NAE_ERA_R-30_Eesti_Riiklik_Spordiamet, lk 74
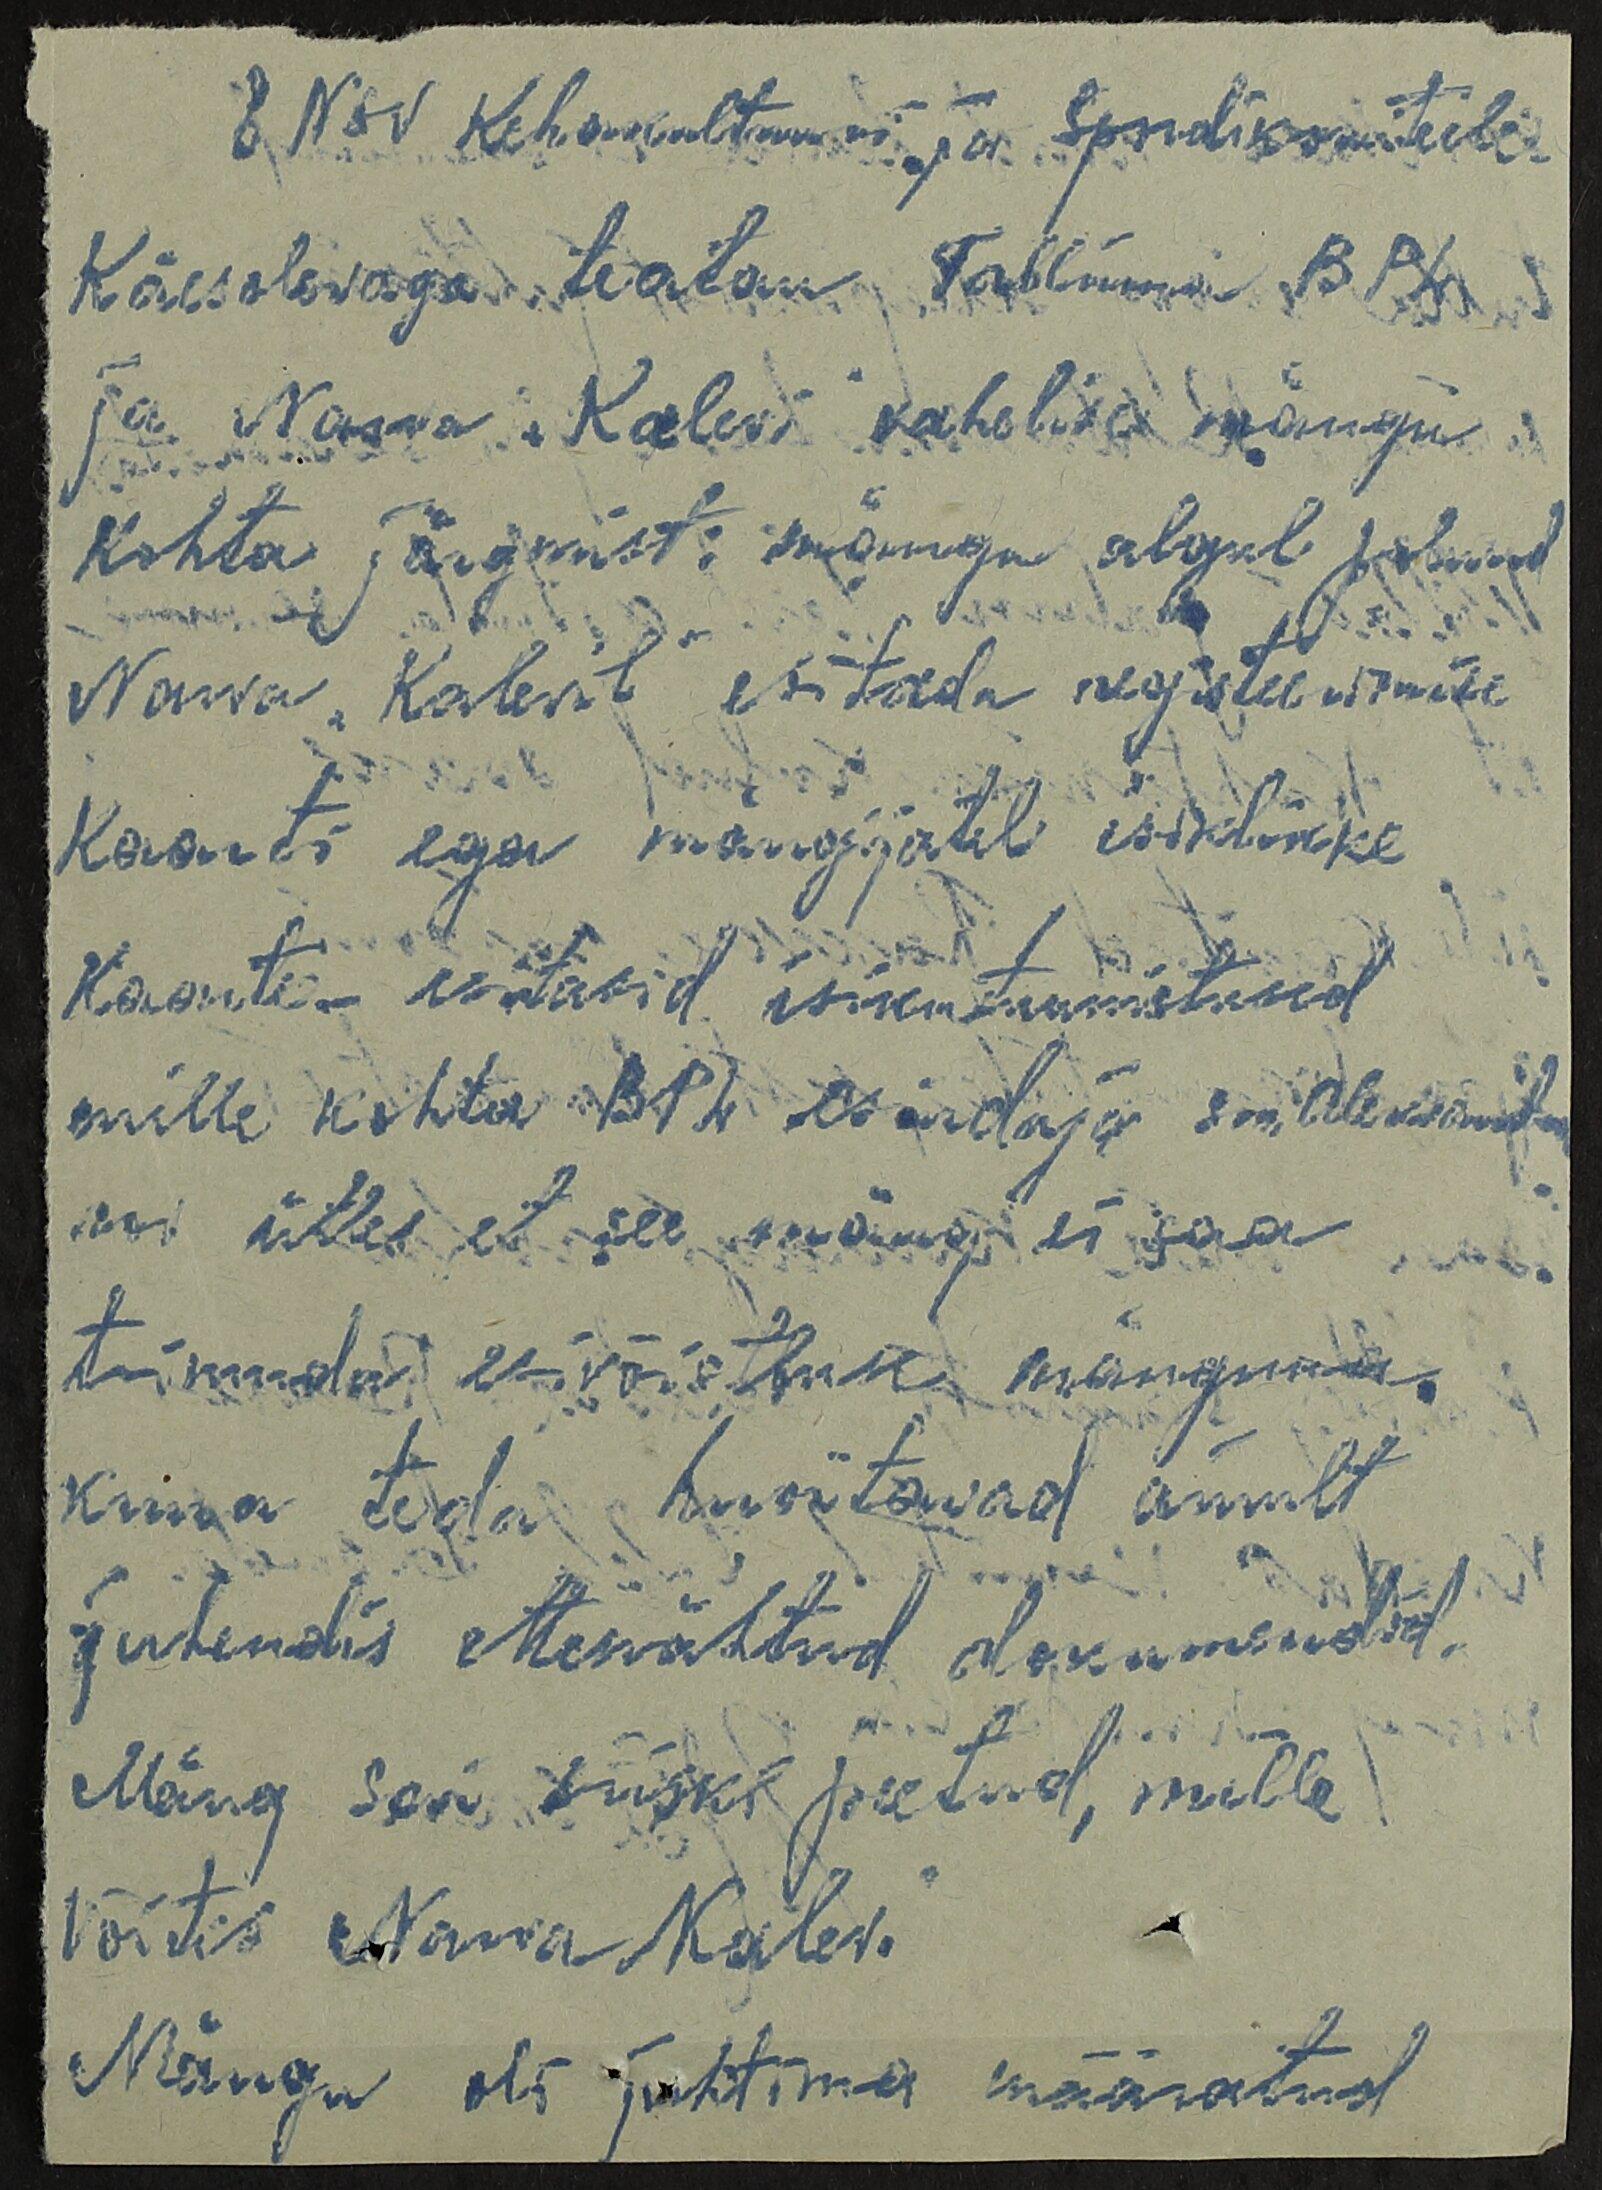
ENSV Kehakultuuri ja  Spordikomiteele
Käesolevaga teatan Tallinna BP4
ja Narva "Kalevi" vahelise mängu
kohta järgmist: mängu algul polnud
Narva "Kalevil" esitada registeerimise
Kaarti ega mängijatel isiklikke
Kaarte - esitasid isikutunnistused
mille kohta BP2 esindaja sm Aleksand-
rov ütles et see mäng ei saa
toimuda et võistlusse mänguna.
kuna teda huvitavad ainult
juhendis ettenähtud dokumendid.
Mäng sai siiski peetud, mille
võitis Narva  Kalev.
Mängu oli juhtima määratud